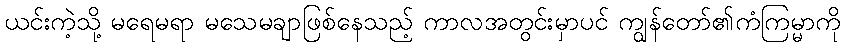
ယင်းကဲ့သို့ မရေမရာ မသေမချာဖြစ်နေသည့် ကာလအတွင်းမှာပင် ကျွန်တော်၏ကံကြမ္မာကို